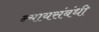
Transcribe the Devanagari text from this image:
न्यायसंबंधी